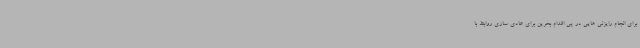
برای انجام رایزنی هایی در پی اقدام بحرین برای عادی سازی روابط با